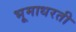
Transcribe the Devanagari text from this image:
भूमाधरती